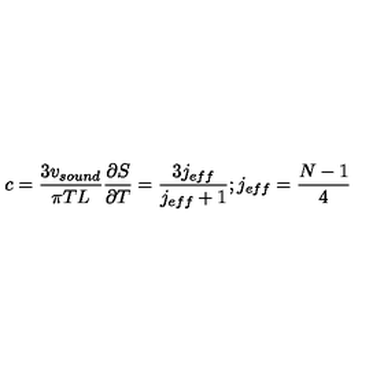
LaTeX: c = \frac { 3 v _ { s o u n d } } { \pi T L } \frac { \partial S } { \partial T } = \frac { 3 j _ { e f f } } { j _ { e f f } + 1 } ; j _ { e f f } = \frac { N - 1 } { 4 }